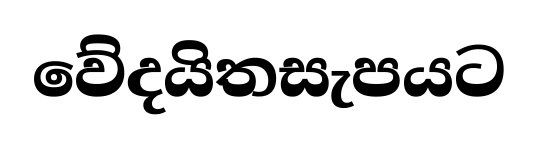
වේදයිතසැපයට